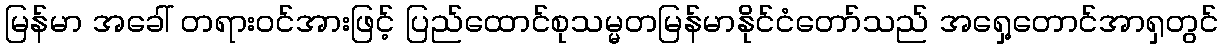
မြန်မာ အခေါ် တရားဝင်အားဖြင့် ပြည်ထောင်စုသမ္မတမြန်မာနိုင်ငံတော်သည် အရှေ့တောင်အာရှတွင်